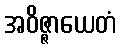
အဝိဇ္ဇာယေတံ